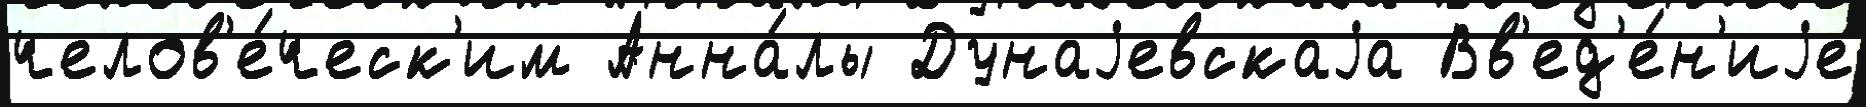
челов'е́ческ'им Анна́лы Дунаjевскаjа Вв'ед'е́н'иjе